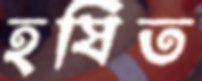
হর্ষিত